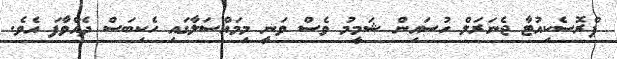
ޕްރޮސެކިއުޓާ ޖެނަރަލް ހުސައިން ޝަމީމު ވެސް ވަނީ މިމައްސަލާގައި ހެކިބަަސް ދެއްވާފަ އެވެ.